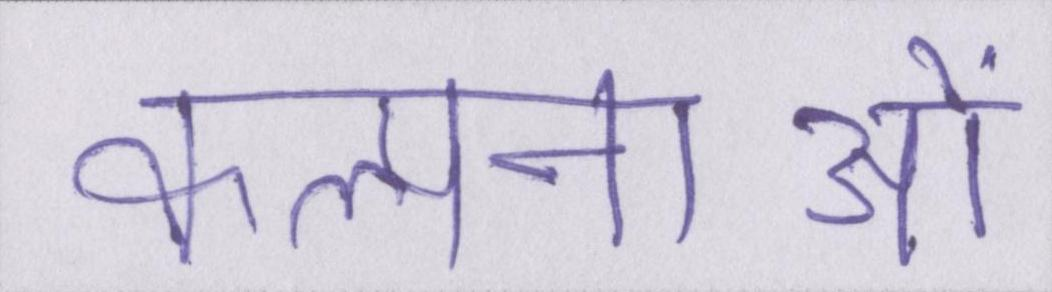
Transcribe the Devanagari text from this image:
कल्पनाओं